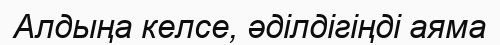
Алдыңа келсе, әділдігіңді аяма